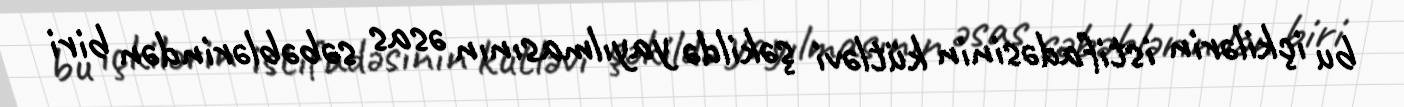
bu içkilərin istifadəsinin kütləvi şəkildə yayılmasının əsas səbəblərindən biri